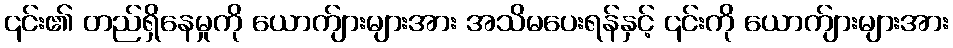
၎င်း၏ တည်ရှိနေမှုကို ယောက်ျားများအား အသိမပေးရန်နှင့် ၎င်းကို ယောက်ျားများအား